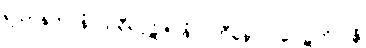
ရသာနုဘဝနံ သရီရပ္ပဋိဇဂ္ဂနံ ပဟီနောဝ ပေါဋကိလန္တိ